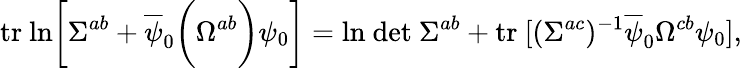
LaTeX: \mathrm{tr}\ \mathrm{ln}\biggl[\Sigma^{ab}+\overline{{\psi}}_{0}\biggl(\Omega^{ab}\biggr)\psi_{0}\biggr]=\mathrm{ln}\ \mathrm{det}\ \Sigma^{ab}+\mathrm{tr}\ [(\Sigma^{ac})^{-1}\overline{{\psi}}_{0}\Omega^{cb}\psi_{0}],